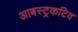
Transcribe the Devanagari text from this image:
आबस्ट्रकटिव